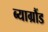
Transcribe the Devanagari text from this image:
ब्याग्रौंड